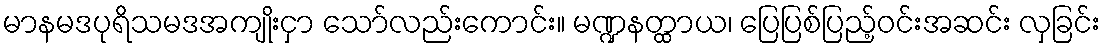
မာနမဒပုရိသမဒအကျိုးငှာ သော်လည်းကောင်း။ မဏ္ဍနတ္ထာယ၊ ပြေပြစ်ပြည့်ဝင်းအဆင်း လှခြင်း